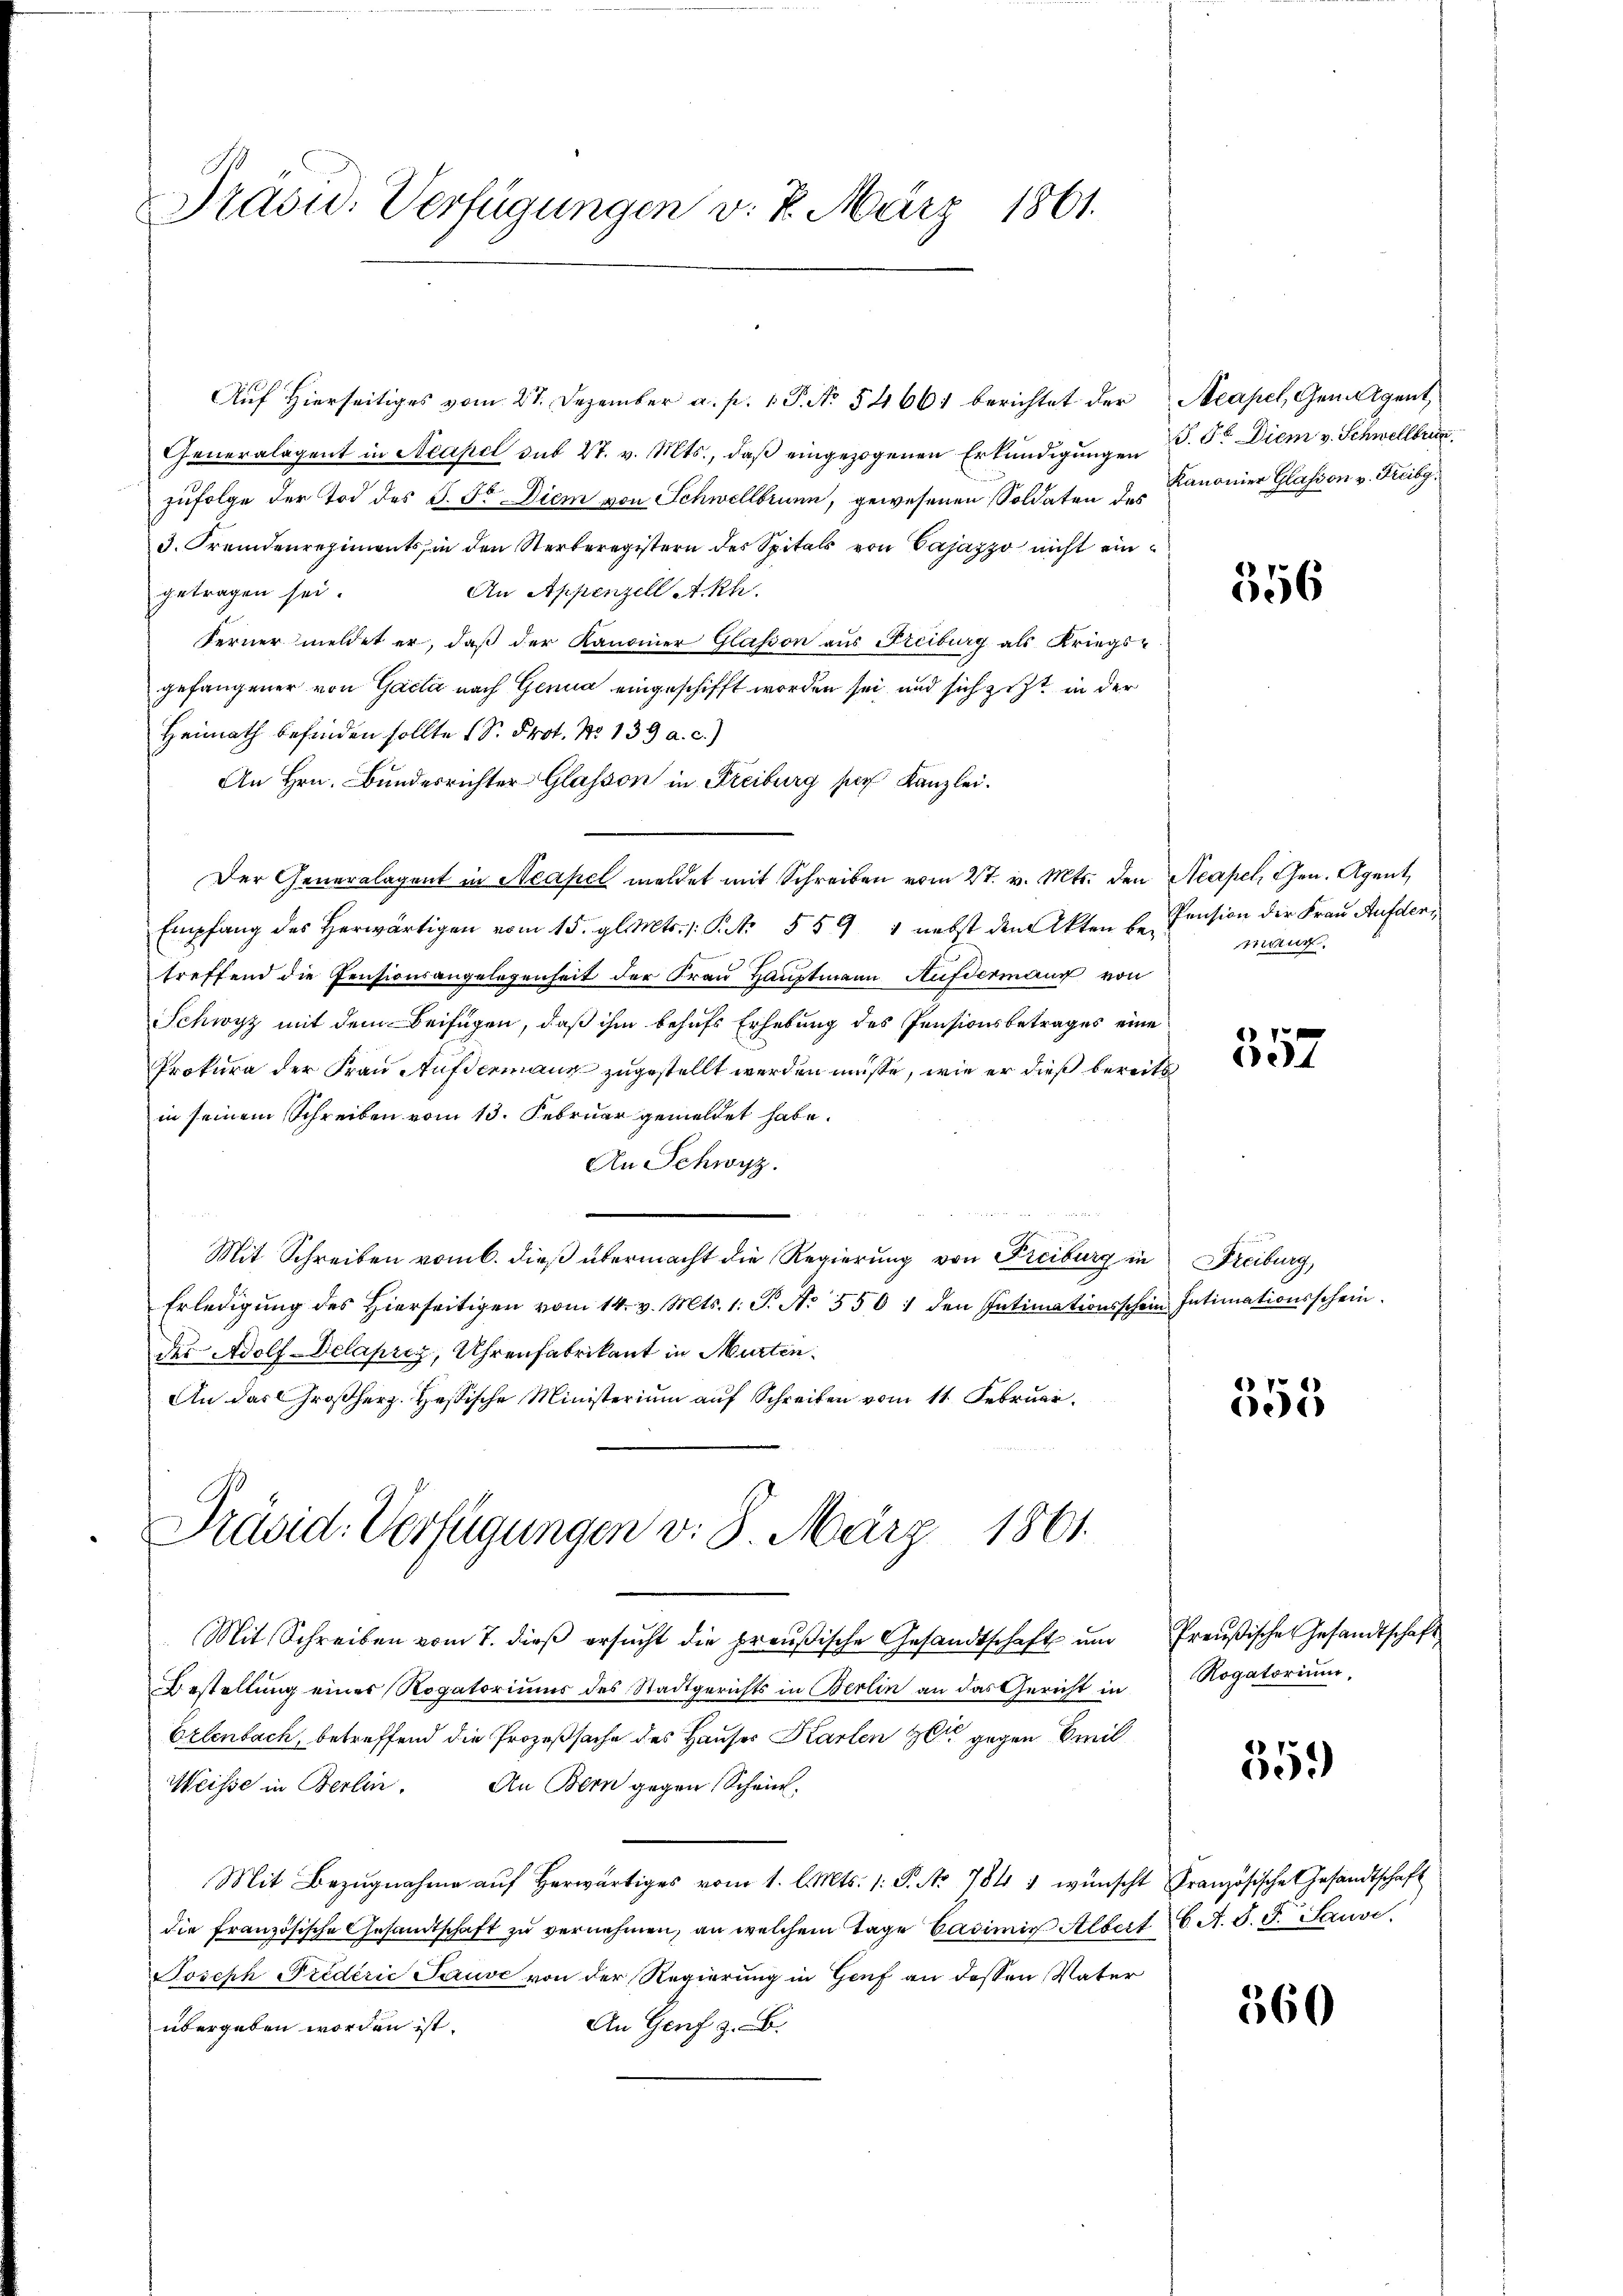
Präsid. Verfügungen v. 4. März 1861.

Auf hierseitiges vom 27. Dezember a. p. 1 P. No. 54661 berichtet der Acapel, Gemeigent,
Generalagent in Steapel sub 27. v. Mts., daβ eingezogenen Erkundigungen d. 5. Diem v. Schwellbri
zufolge der Tod des S. So Diem von Schwellbrunn, gewesenen Soldaten des Kanonier Glasson v. Freibg.
3. Fremdenregiments, in den Sterberegistern der Spitals von Cajazzo nicht ein¬
An Appenzell A.Rh.
getragen sei.
Ferner meldet er, daß der Kanonner Glasson aus Freiburg als Kriegsgefangener von Gacta nach Genua eingeschifft worden sei und sich zieht in der
Heimath befinden sollte 1 S. Prot. No 139 a. c.)
An Hrn. Bundesrichter Glasson in Freiburg ser Kanzlei.
Der Generalagent in Neapel meldet mit Schreiben vom 27. v. Mts. den Neapel, Chen. Agent
Empfang des herwärtigen vom 15. gl. Mts. s. S. 559 " nebst den Akten u. Pension der Frau Aufdertreffend die Pensionsangelegenheit der Frau Hauptmann Aufdermann von
Schwyz mit dem Beifügen, daß ihm behufs Erhebung des Pensionsbetrages eine
Prokura der Frau Aufdermann zugestellt werden müsse, wie er dieß bereits
in seinem Schreiben vom 13. Februar gemeldet habe.
An Schwyz.
Mit Schreiben vom 6. dieß übermacht die Regierung von Freiburg in Freiburg,
Erledigŭng des hierseitigen vom 14. v. Mts. 1. S. No. 550 1 den Intimationsschein Intimationsschein.
der Adolf-Delaprez, Uhrenfabrikant in Murten.
An das Großherz. Heßische Ministerium auf Schreiben vom 11. Februar
Präsid. Verfügungen v. 8. März 1861.
Mit Schreiben vom 7. dieβ ersŭcht die preußische Gesandtschaft ŭm freŭβische Gesandtschaft
Bestellung eines Rogatoriums des Stadtgerichts in Berlin an das Gericht in
Erlenbach, betreffend die Prozeßsache des Hauser Karten zu gegen Emil
Weisse in Berlin. An Bern gegen Schein,
Mit Bezŭgnahme aŭf herwärtiges vom 1. l. Mts. 1. P. Nr. 784 u wünscht Französische Gesandtschaft
die französische Gesandtschaft zŭ vernehmen, an welchem Tage Casimir Albert 6. A. S. G. Sause.
Joseph Predérić Sause von der Regierung in Genf an dessen Vater
An Genf z. B.
übergeben worden ist.

356

mang

357

355

Rogatorium,

559)

560